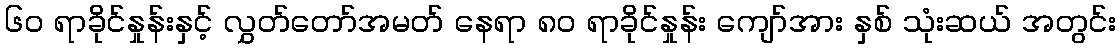
၆၀ ရာခိုင်နှုန်းနှင့် လွှတ်တော်အမတ် နေရာ ၈၀ ရာခိုင်နှုန်း ကျော်အား နှစ် သုံးဆယ် အတွင်း